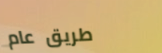
طريق عام